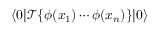
\langle 0 | { \mathcal { T } } \{ \phi ( x _ { 1 } ) \cdots \phi ( x _ { n } ) \} | 0 \rangle